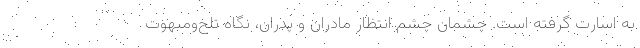
به اسارت گرفته است. چشمان چشم انتظار مادران و پدران، نگاه تلخ‌ومبهوت